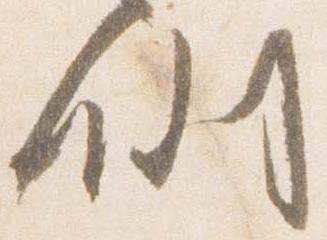
例